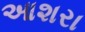
આશરા